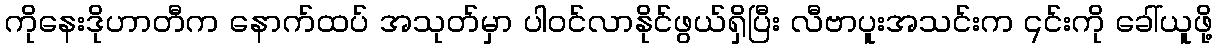
ကိုနေးဒိုဟာတီက နောက်ထပ် အသုတ်မှာ ပါဝင်လာနိုင်ဖွယ်ရှိပြီး လီဗာပူးအသင်းက ၎င်းကို ခေါ်ယူဖို့